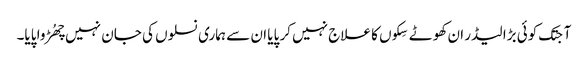
آجتک کوئی بڑا لیڈر ان کھوٹے سِکوں کا علاج نہیں کر پایا ان سے ہماری نسلوں کی جان نہیں چھُڑوا پایا۔